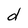
Character: d